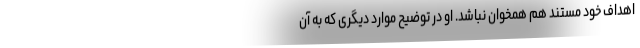
اهداف خود مستند هم همخوان نباشد. او در توضیح موارد دیگری که به آن